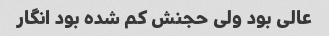
عالی بود ولی حجنش کم شده بود انگار